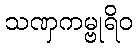
သဏှကမ္ဗုရိဝ